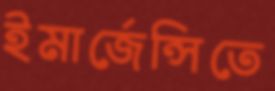
ইমার্জেন্সিতে